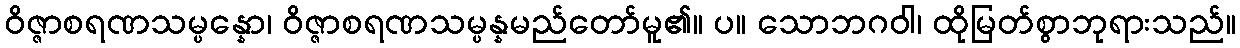
ဝိဇ္ဇာစရဏသမ္ပန္နော၊ ဝိဇ္ဇာစရဏသမ္ပန္နမည်တော်မူ၏။ ပ။ သောဘဂဝါ၊ ထိုမြတ်စွာဘုရားသည်။